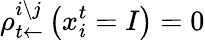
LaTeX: \rho_{t\leftarrow}^{i\setminus j}\left(x_{i}^{t}=I\right)=0